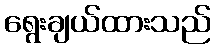
ရွေးချယ်ထားသည်